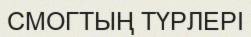
СМОГТЫҢ ТҮРЛЕРІ